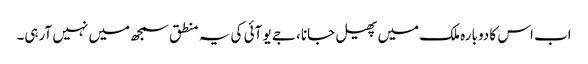
اب اس کا دوبارہ ملک میں پھیل جانا، جے یو آئی کی یہ منطق سمجھ میں نہیں آرہی۔